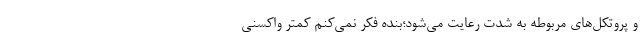
و پروتکل‌های مربوطه به شدت رعایت می‌شود؛بنده فکر نمی‌کنم کمتر واکسنی